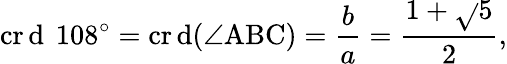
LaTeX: \operatorname{cr\mathrm{d}}\ 108^{\circ}=\operatorname{cr\mathrm{d}}(\angle\mathrm{{ABC}})={\frac{{b}}{{a}}}={\frac{{1+{\sqrt{}{{5}}}}}{{2}}},